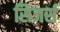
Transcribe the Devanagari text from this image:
सिजर्स